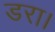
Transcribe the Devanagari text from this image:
डरा।